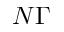
N \Gamma